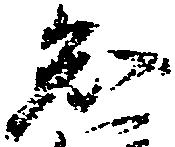
知